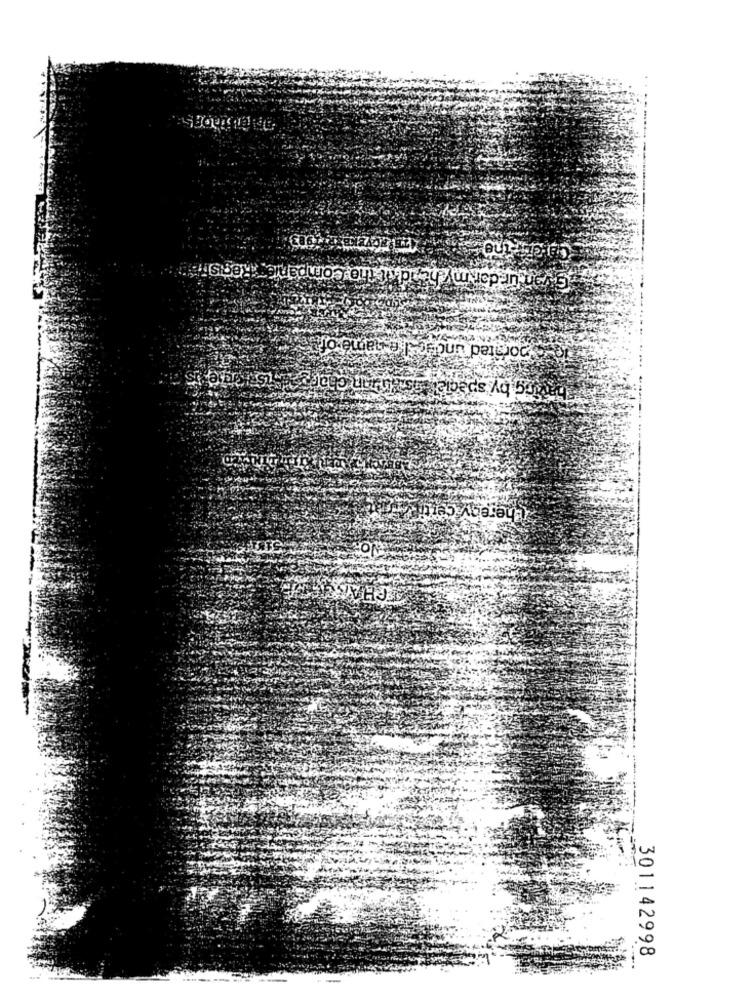
var ur dar my head of the Companies Regsi
porated under I e name of_
8.10 5
Thereby ce
SIXHJEL
301142998